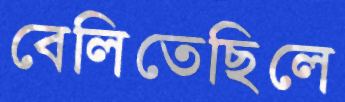
বেলিতেছিলে